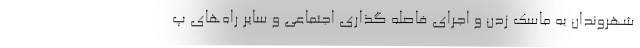
شهروندان به ماسک زدن و اجرای فاصله گذاری اجتماعی و سایر راه‌های پ